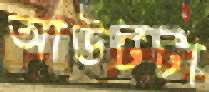
আউটটা